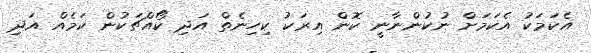
އެކަމަކު އެކަމަށް ނުކުންނާނީ ކޮން އިރަކު ކިހިނެތް އަދި ކޯއްޗަކުން ކަމެއް އަދި